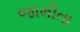
જામીતા